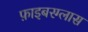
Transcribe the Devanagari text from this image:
फ़ाइबरग्लास